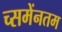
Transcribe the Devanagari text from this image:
च्समेंनतम